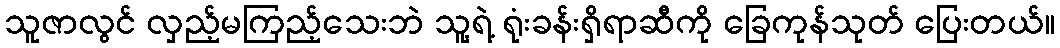
သူဇာလွင် လှည့်မကြည့်သေးဘဲ သူ့ရဲ့ ရုံးခန်းရှိရာဆီကို ခြေကုန်သုတ် ပြေးတယ်။